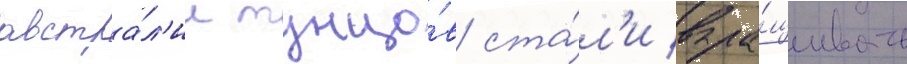
австра́л'ии тунцо́в ста́л'и выра́щивать